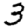
Digit: 3